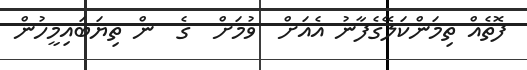
ފޮތެއް ތިމަންކަލޭގެފާނު އެއަށް  ވުމަށް  ގެ  ން ތިޔަބައިމީހުން